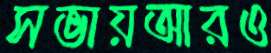
সভায়আরও